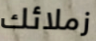
زملائك